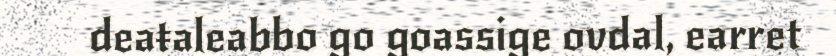
deaŧaleabbo go goassige ovdal, earret